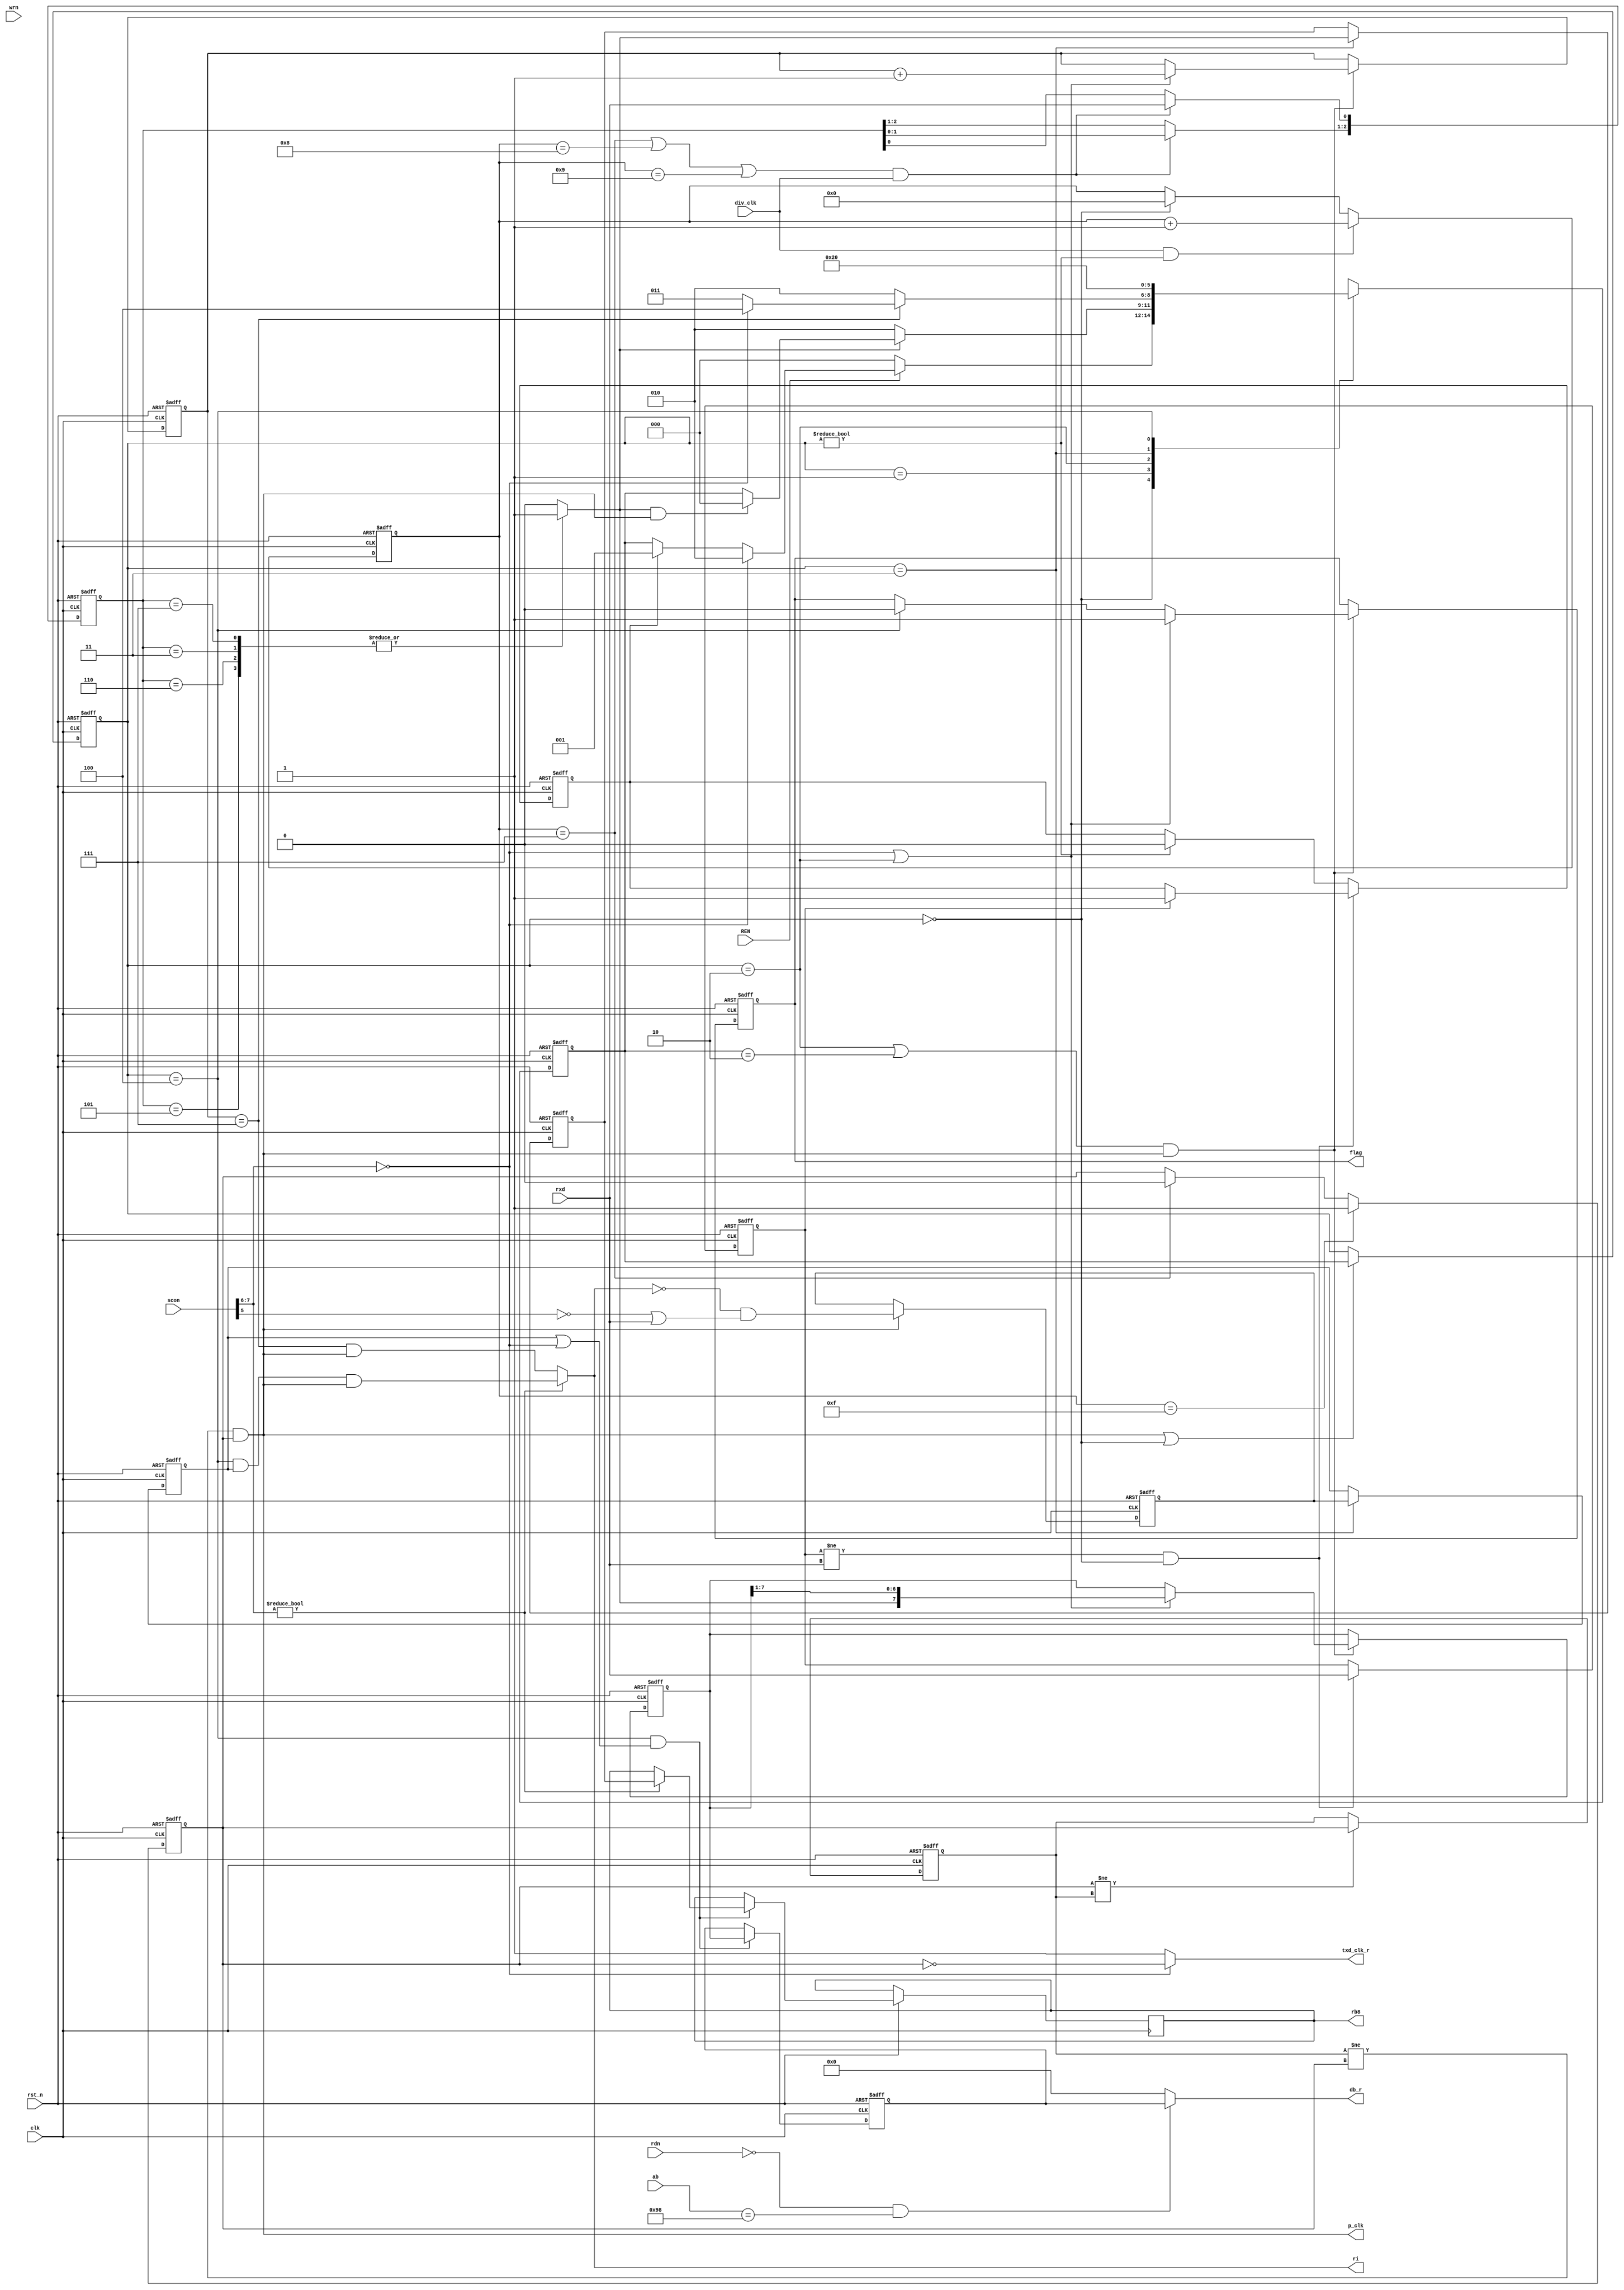
module receive (
    input               clk,
    input               rst_n,
    input   wire [7 : 0] ab,
    input               rdn,//低电平有��?
    input               wrn,//低电平有��?
    input   wire        rxd,//输入信号,PC输入过来的数据
    output  reg        txd_clk_r,//方式0同步信号
    input   wire [7 : 0] scon,
    input   wire        div_clk,//数据发态的时钟信号
    input               REN,
    output  reg         ri,
                        rb8,//在receive中改变的状态
    output  wire [7 : 0] db_r,//读数总线(接收时，数据总线只需要读数据)，把PC发来的串行数据变为8位，放在总线上
    output  wire        p_clk,//因为��?要采样所以再16分频，也方便脉冲变时��?
    output  reg        flag
);
    reg     [7 : 0]    RSHIFT;//移位寄存器
    reg     [7 : 0]     RBUF;//接收寄存器
    wire               rbuf_select;
    wire                sm2;//读取的状态
    
    wire    [1 : 0]     SM;
    
    reg     [2 : 0]     current_state,
                        next_state;
    parameter   RBUF_ADDR       = 8'h98;
// 状态机编码
    parameter   idle            = 3'b000;
    parameter   start           = 3'b001;
    parameter   data            = 3'b010;
    parameter   stop            = 3'b011;//读取停止位并判断
    parameter   inter           = 3'b100;//写入sbuf并置中断

//接收控制寄存器

    assign  SM  = scon[7 : 6];
    assign  sm2 = scon[5];
//改变控制寄存器状态

//输出数据
    assign rbuf_select = (ab == RBUF_ADDR);
    assign  db_r = (!rdn && rbuf_select) ? RBUF : 8'b0;

//-------------------------- 时钟模块�态�? ----------------------------------
//16分频子时钟?
    reg [3 : 0] counter_16;

    reg         txd_clk_0;
//p1 clk 检验起始位
    always @(posedge clk or negedge rst_n) begin //分频的意义是每个bit传输间隔
        if (!rst_n)
            counter_16 <= 1'b0;
        else if (div_clk && (current_state != idle)) //
            counter_16 <= counter_16 + 1'b1;
        else if (current_state == idle)
            counter_16 <= 1'b0;
    end

    reg txd_clk;

    always @(posedge clk  or negedge rst_n) begin // 方式0输出时钟，占空比��?0.5
        if (!rst_n )
            txd_clk <= 1'b1;
        else if (counter_16 == 4'b1111) //16置1
            txd_clk <= 1'b1;
        else if (counter_16 == 4'b0111) //8置0
            txd_clk <= 1'b0;
    end
// 产生方式0的接收时钟
    always @(*) begin
        if (SM == 2'b00)
            txd_clk_r <= !txd_clk;
        else 
            txd_clk_r <= 1'b1;
    end
//注意只有这样才是准确的时钟，��?要最后一个div_clk读完
//此处提取接收的时钟上升沿
    
    always @(posedge clk  or negedge rst_n) begin
        if (!rst_n)
            txd_clk_0 <= 1'b0;
        else if (txd_clk != txd_clk_0)
            txd_clk_0 <= txd_clk;
    end

    assign p_clk = ( txd_clk_0 != txd_clk) && txd_clk;//提取16分频时钟的上升沿，长度为1个时钟沿

//----------------------------  时钟模块结束 -----------------------------------

//----------------------------  三段状态机模块 --------------------------------
//三段式状态机,状态idle，start，data，crc，stop
//第一个always描述对应当前状态的状态寄存器
//接收数据的时钟频率率应该为波特率
    always @(posedge clk or negedge rst_n) begin
        if (!rst_n) 
            current_state <= idle;
        else if (p_clk || current_state == idle) // 按设定波特率，子时钟上升沿
            current_state <= next_state;
    end

//第二个always块，状态转移条件
    always @(posedge clk or negedge rst_n) begin
        if (!rst_n)
            next_state <= idle;
        else case (current_state)
            idle:begin
                if (!REN)//允许接收位；
                    next_state <= idle;
                else if (SM == 2'b00)//方式0直接接收
                    next_state <= data;
                else if (negrxd)//判断起始位，
                    next_state <= start;
            end
            start:begin 
                if (!rxd_a )//起始位为0
                    next_state <= data;
                else if (rxd_a && p_clk)
                    next_state <= idle;
            end
            data:begin //此状态为接收状态??
                if (r_count == 3'b111) 
                    if (SM == 2'b00)
                        next_state <= inter;
                    else  
                        next_state <= stop;
                else
                    next_state <= data;
            end
            stop:
                next_state <= inter;
            inter:
                next_state <= idle;
            default: next_state <= 3'bx;
        endcase
    end
//状态机第三端，多个always，对状态进行输出
// 对状态转换条件的描述
//状态有：接收到8位数据，到停止位，接收正常接收，起始位开始，

//
    

    reg     [2 : 0] data_capture;//��?测位
    reg            rxd_a ;//rxd段采样输��?
    always @(posedge clk or negedge rst_n) begin
        if (!rst_n) 
            data_capture <= 3'b111;//空闲时为高位
        else if (((counter_16 == 4'b0111) || (counter_16 == 4'b1000) || (counter_16 == 4'b1001))&& div_clk)  begin
            data_capture[0] <= rxd;
            data_capture[2 : 1] <= data_capture[1 :0];  //在第7 8 9个计数值开始采样，取出现最多的次数为接受的串行数据
        end
    end
    //这个always对确认rdx的输��?
    always @(data_capture) begin
        case(data_capture)
            3'b111,3'b011,3'b110,3'b101:
                rxd_a = 1'b1;
		    default: 
                rxd_a = 1'b0;
        endcase
    end
    //��?测负跳变
    reg    rxd_0,negrxd;
    always @(posedge clk or negedge rst_n) begin
        if (!rst_n) begin
            rxd_0 <= 1'b0;
            negrxd <= 1'b0;
        end else if ((rxd_0 != rxd) && (current_state == idle)) begin
            rxd_0 <= rxd;
            if (rxd_0 == 1'b1)
                negrxd <= 1'b1;
        end else if (current_state != idle)
            negrxd <= 1'b0;
    end 
    

//--------------------------------------- state = data ---------------------------------------      
//对data状态的操作，这个always对移位寄存器操作，计数器操作,包括接收
    reg    [2 : 0]     r_count;//接收计数��?
    always @(posedge clk or negedge rst_n) begin
        if (!rst_n) begin
            RSHIFT <= 8'b0;
            r_count <= 3'b0;
            flag <= 1'b0;
        end else if (((current_state == data) || (next_state == data)) && p_clk ) 
            if ((SM == 2'b00) || (current_state == data))begin//在接收数据，按照clk的时钟来
                RSHIFT <= {rxd_a, RSHIFT[7 : 1]};
                r_count <= r_count + 1'b1;  
                flag   <= 1'b1;      
            end 
        else if (current_state== inter)//操作flag
                flag <= 1'b0;
    end
//有脉冲就读数��?
//----------------------------------------  state = stop ------------------------------------

    reg                 r8_en;//��?8位数据有��?
//这个always判断��?8位放入sbuf的条��?
    always @(posedge clk or negedge rst_n)
        if (!rst_n)
            r8_en <= 0;
        else if (p_clk)
            r8_en <= (!ri && (!sm2 || rxd));

    //数据装入sbuf的条件：未置中断的情况下：方��?0已经读取8位数据，方式1��?2 在子时钟下第9位或sm2满足条件 
//对stop状态的操作，接收数据并判断
    reg                 to_buf,//读入buf标志
                        rb8_buf;//rb8暂存
    always @(posedge clk or negedge rst_n) begin
        if (!rst_n)begin
            rb8_buf <= 1'b0;
            to_buf <= 1'b0; 
        end else if (current_state == stop) begin
            rb8_buf <= rxd_a;
            to_buf <= r8_en; //
        end
    end
//---------------------------------------- state = inter -------------------------------------
//对inter状态的操作
    always @(posedge clk or negedge rst_n) begin
        if (!rst_n)   
            RBUF <= 8'b0;
        else if ((current_state == inter) && (to_buf || (SM == 2'b00))) begin 
            RBUF <= RSHIFT;
            if (SM != 2'b00)
                rb8 <= rb8_buf;
         end
    end
    always @(*)
        if (SM != 2'b00)
                ri = (current_state == inter) && to_buf && p_clk;
        else 
            ri = (r_count == 3'b111) && p_clk;
//-------------------------------------- 三段状态机模块结束 --------------------------------------


endmodule